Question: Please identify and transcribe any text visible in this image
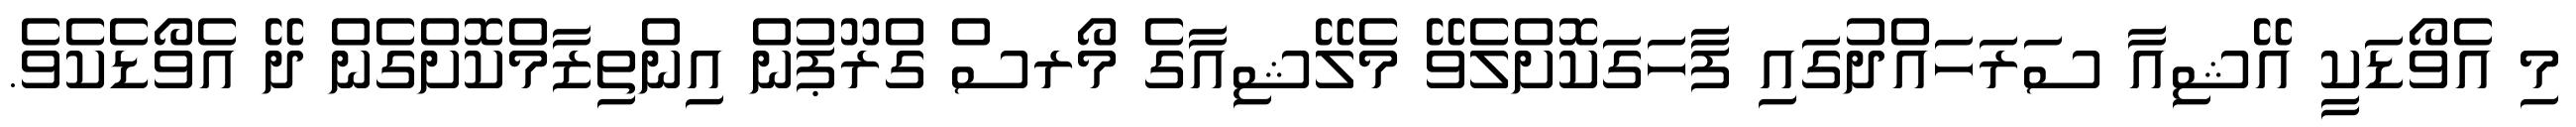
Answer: މި އެވޯޑަކީ އޭޝިއާ ސަރަހައްދުގައި ފާހަގަކޮށްލެވޭ މެލޭޝިއާގެ މޯރސް ގްރޫޕުން އިންތިޒާމްކޮށްގެން ދޭ އެވޯޑެކެވެ.